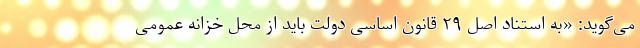
می‌گوید: «به استناد اصل ۲۹ قانون اساسی دولت باید از محل خزانه عمومی